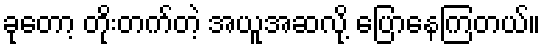
ခုတော့ တိုးတက်တဲ့ အယူအဆလို့ ပြောနေကြတယ်။